Papers set at the Examination for Leaving Certificates, 1892
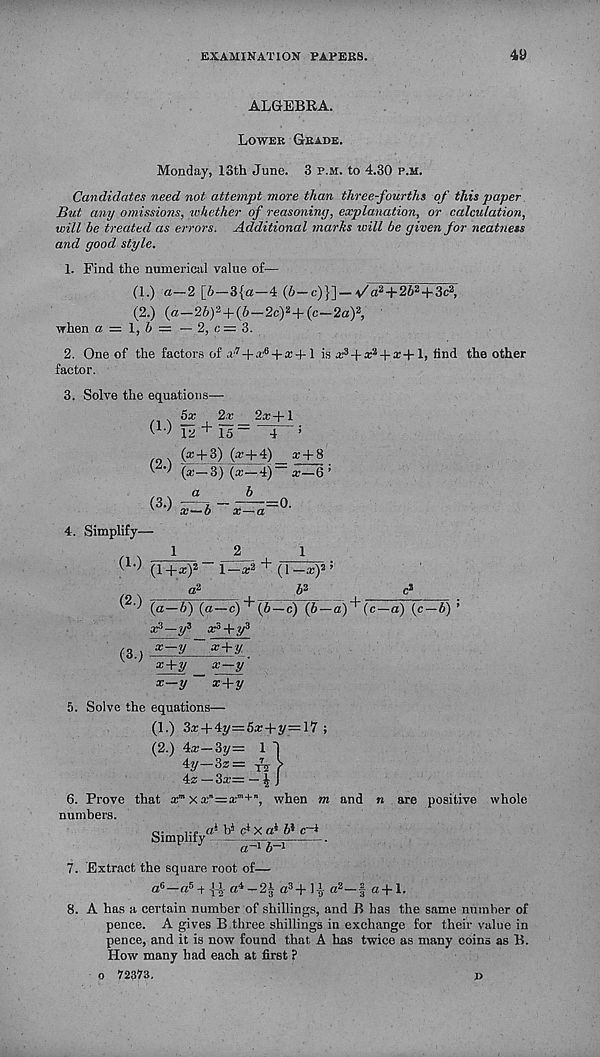
EXAMINATION PAPERS.
49
ALGEBRA.
Lower Grade.
Monday, 13th June. 3 p.m. to 4.30 p.m.
Candidates need not attempt more than three-fourths of this paper
But any omissions, whether of reasoning, explanation, or calculation,
will be treated as errors. Additional marhs will be given for neatness
and good style.
1. Find the numerical value of—
(1.) a—2 [&—3{a—4 (6—c)}] —v / a 2 + 26 2 +3c 2 ,
(2.) (a—26) 2 + (6—2c) 2 + (c—2a) 2 ,
when a — \, b — — 2, e = 3.
2. One of the factors of a' 7 + a’ 6 + a;4-1 is x 3 A + x + l, find the other
factor.
3. Solve the equations—
,
5x 2x 2x+l
( L ) IS+ 15=-4"-;
m \ (?± 3 ) (?±j0_ i+5 .
'
(x—3) (x—4) x—6 ’
, . a
b
4. Simplify—
1
2
1
t 1-7 (1+z) 2- I-* 2 + (1-a;) 2 5
a 2
i 2
c 2
'
(a—b) (a—c)+(b — c) (b — a)~^(c—a) (c—b) ’
X 3 — ?/ 3
(3.) a; —y ~ ^ + y
x+y
x—y
x—y~ x+y
5. Solve the equations—
(1.) 3a: + 4^=5a; + y=lY ;
(2.) 4a;—3y= 1 "|
4«/-3z=
>
4z — 3a;= — | J
6. Prove that x m
when m and n are positive whole
numbers.
Simplify
« 4 b* c* X a* 6* c~i
a -1 b- 1
7. Extract the square root of—
a 6 —a 5 +-f-l-a 4 — 2§ a 3 +l-9- a 2 —f a + 1.
8. A has a certain number of shillings, and B has the same number of
pence. A gives B three shillings in exchange for their value in
pence, and it is now found that A has twice as many coins as B.
How many had each at first ?
o 72373.
p